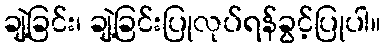
ချဲ့ခြင်း၊ ချဲ့ခြင်းပြုလုပ်ရန်ခွင့်ပြုပါ။